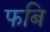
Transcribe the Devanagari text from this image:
फबि